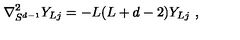
\nabla _ { S ^ { d - 1 } } ^ { 2 } Y _ { L j } = - L ( L + d - 2 ) Y _ { L j } \ ,